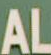
AL